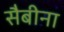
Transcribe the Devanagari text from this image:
सैबीना